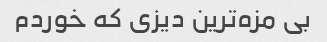
بی مزه‌ترین دیزی که خوردم